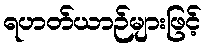
ရဟတ်ယာဉ်များဖြင့်